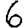
Digit: 6